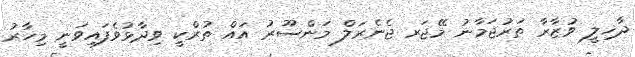
ދާޚިލީ ވުޒާރާ ތަރުޖަމާނު މޭޖަރ ޖެނެރަލް މަންސޫރު އައް ތުރްކީ ވިދާޅުވެފައިވަނީ މިހާރު